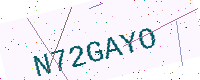
Text: N72GAYO